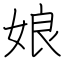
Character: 娘